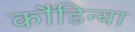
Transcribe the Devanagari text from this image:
कौंडिन्या